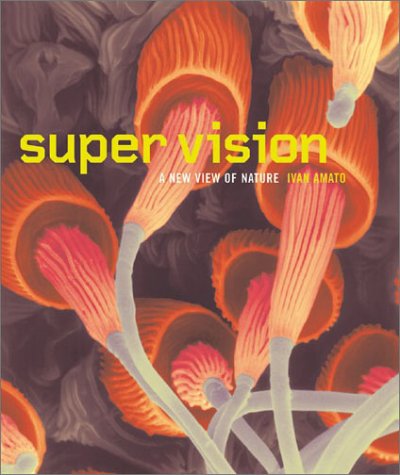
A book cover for Super Vision: A New View of Nature; Ivan Amato; Science & Math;